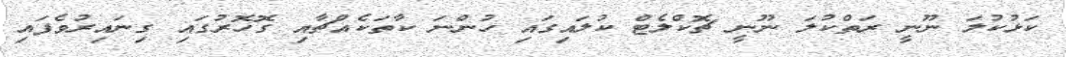
ކަޅުކުލަ ނޫނީ ރަތްކުލަ ނޫނީ ޗޮކްލެޓް ކުލައިގައި ހުންނަ ކާތަކެއްޗާއި ގޮހޮރުގައި ގިނައިރުވެފައި